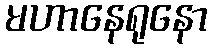
မဟာနေရုနော